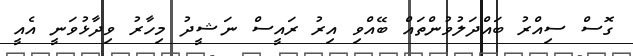
ގޮސް ސިއްރު ބައްދަލުވުންތައް ބޭއްވި އިރު ރައީސް ނަޝީދު މިހާރު ވިދާޅުވަނީ އެއީ